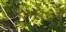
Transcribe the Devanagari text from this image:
एग्लेटन